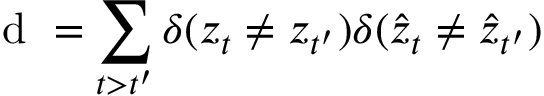
\mathrm { ~ d ~ } = \sum _ { t > t ^ { \prime } } \delta ( z _ { t } \neq z _ { t ^ { \prime } } ) \delta ( \hat { z } _ { t } \neq \hat { z } _ { t ^ { \prime } } )